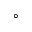
^ \circ